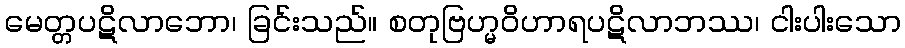
မေတ္တပဋိလာဘော၊ ခြင်းသည်။ စတုဗြဟ္မဝိဟာရပဋိလာဘဿ၊ ငါးပါးသော